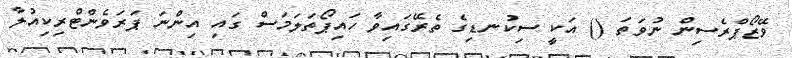
ވޭޒޯޕްރެސިން ނުވަތަ () އަކީ ސިކުނޑިގެ ތެރޭގައިވާ ހައިޕޯތަލަމަސް ގައި އިންނަ ޕަރަވެންޓްރިކިއުލާ